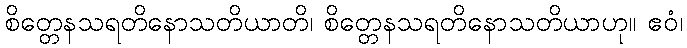
စိတ္တေနသရတိနောသတိယာတိ၊ စိတ္တေနသရတိနောသတိယာဟု။ ဧဝံ၊